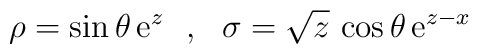
\rho = {\sin \theta } \,{\rm e}^{ z}~~,~~\sigma = {\sqrt{z}} \,\cos \theta \,{\rm e}^{ z- x}